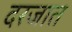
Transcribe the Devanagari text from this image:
दरजात